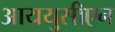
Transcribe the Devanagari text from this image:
आययुसीएन